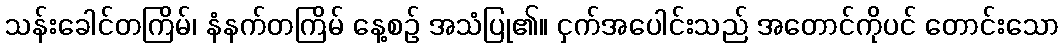
သန်းခေါင်တကြိမ်၊ နံနက်တကြိမ် နေ့စဉ် အသံပြု၏။ ငှက်အပေါင်းသည် အတောင်ကိုပင် တောင်းသော